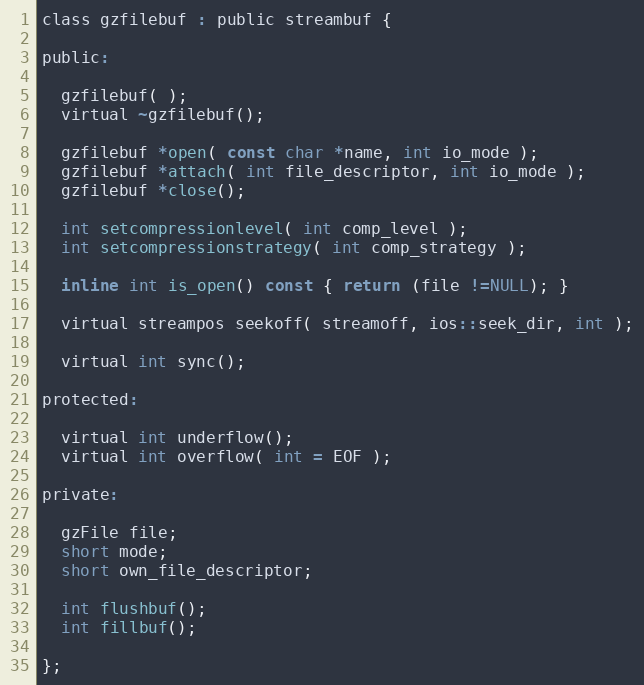
Language: C
class gzfilebuf : public streambuf {

public:

  gzfilebuf( );
  virtual ~gzfilebuf();

  gzfilebuf *open( const char *name, int io_mode );
  gzfilebuf *attach( int file_descriptor, int io_mode );
  gzfilebuf *close();

  int setcompressionlevel( int comp_level );
  int setcompressionstrategy( int comp_strategy );

  inline int is_open() const { return (file !=NULL); }

  virtual streampos seekoff( streamoff, ios::seek_dir, int );

  virtual int sync();

protected:

  virtual int underflow();
  virtual int overflow( int = EOF );

private:

  gzFile file;
  short mode;
  short own_file_descriptor;

  int flushbuf();
  int fillbuf();

};